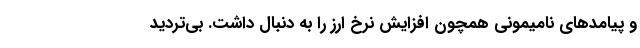
و پیامدهای نامیمونی همچون افزایش نرخ ارز را به دنبال داشت. بی‌تردید